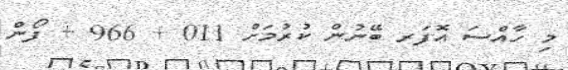
މި ހާއްސަ އޮފަރ ބޭނުން ކުރުމަށް 011 + 966 + ފޯން